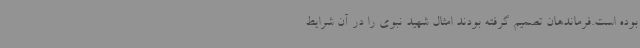
بوده است.فرماندهان تصمیم گرفته بودند امثال شهید نبوی را در آن شرایط